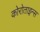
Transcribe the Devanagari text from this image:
कोरोताइन्स